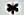
*